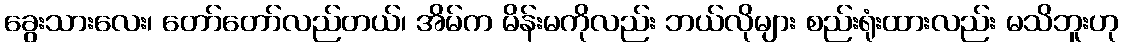
ခွေးသားလေး၊ တော်တော်လည်တယ်၊ အိမ်က မိန်းမကိုလည်း ဘယ်လိုများ စည်းရုံးထားလည်း မသိဘူးဟု